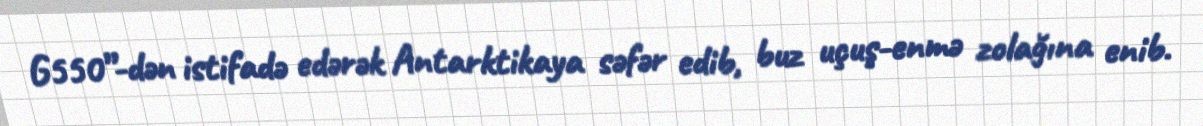
G550”-dən istifadə edərək Antarktikaya səfər edib, buz uçuş-enmə zolağına enib.